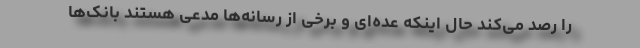
را رصد می‌کند حال اینکه عده‌ای و برخی از رسانه‌ها مدعی هستند بانک‌ها